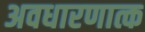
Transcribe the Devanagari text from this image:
अवधारणात्क